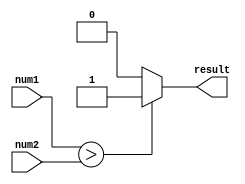
module magnitude_comparator (
  input [7:0] num1,
  input [7:0] num2,
  output reg result
);

always @(num1, num2) begin
  if (num1 > num2)
    result = 1;
  else if (num1 == num2)
    result = 0;
  else
    result = 0;
end

endmodule